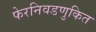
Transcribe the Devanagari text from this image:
फेरनिवडणुकित